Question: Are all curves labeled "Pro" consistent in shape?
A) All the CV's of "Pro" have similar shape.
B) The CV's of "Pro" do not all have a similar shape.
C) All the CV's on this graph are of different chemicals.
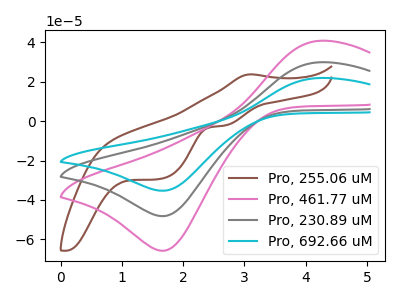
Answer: <think>The brown curve "Pro, 255.06 uM" has an anodic peak at (3.10V, 23.75uA) and cathodic peaks at (2.65V, -2.30uA) (1.65V, -29.35uA). The pink curve "Pro, 461.77 uM" has an anodic peak at (4.20V, 40.75uA) and a cathodic peak at (1.70V, -65.80uA). The gray curve "Pro, 230.89 uM" has an anodic peak at (4.20V, 29.85uA) and a cathodic peak at (1.70V, -48.20uA). The cyan curve "Pro, 692.66 uM" has an anodic peak at (4.20V, 59.70uA) and a cathodic peak at (1.70V, -96.45uA).
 "Pro, 255.06 uM" and "Pro, 461.77 uM" have a different number of peaks. "Pro, 255.06 uM" and "Pro, 230.89 uM" have a different number of peaks. "Pro, 255.06 uM" and "Pro, 692.66 uM" have a different number of peaks. All the peaks in "Pro, 461.77 uM" have a peak in "Pro, 230.89 uM" at the same potential. Every peak in "Pro, 461.77 uM" is higher than every peak in "Pro, 230.89 uM". All the peaks in "Pro, 461.77 uM" have a peak in "Pro, 692.66 uM" at the same potential. Every peak in "Pro, 461.77 uM" is lower than every peak in "Pro, 692.66 uM". All the peaks in "Pro, 230.89 uM" have a peak in "Pro, 692.66 uM" at the same potential. Every peak in "Pro, 230.89 uM" is lower than every peak in "Pro, 692.66 uM".</think>
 <answer>A) All the CV's of "Pro" have similar shape.</answer>
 <eval>A</eval>